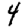
Digit: 4